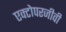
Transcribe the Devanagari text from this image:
एक्टोपरजीवी